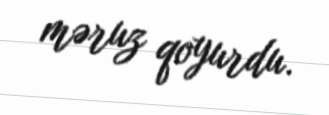
məruz qoyurdu.